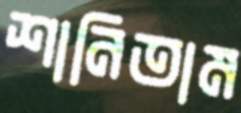
শানিতাম